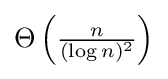
{\textstyle \Theta \left({\frac {n}{(\log n)^{2}}}\right)}